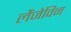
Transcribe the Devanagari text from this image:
लैंजेविन